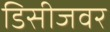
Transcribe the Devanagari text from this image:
डिसीजवर